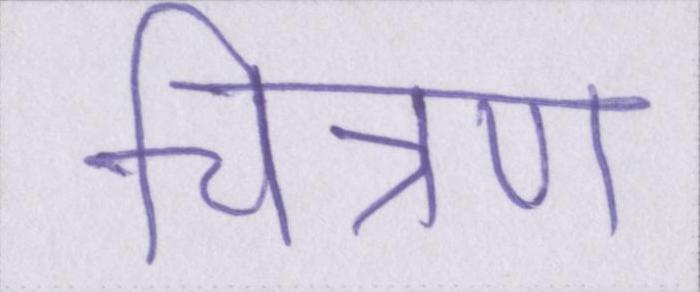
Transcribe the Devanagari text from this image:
चित्रण